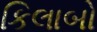
કિલાબો